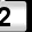
Digit: 2